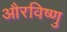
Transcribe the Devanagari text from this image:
औरविष्णु